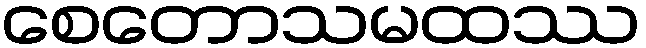
စေတောသမထဿ